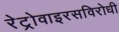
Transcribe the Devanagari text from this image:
रेट्रोवाइरसविरोधी